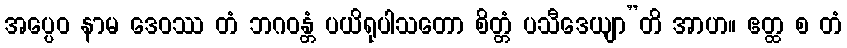
အပ္ပေဝ နာမ ဒေဝဿ တံ ဘဂဝန္တံ ပယိရုပါသတော စိတ္တံ ပသီဒေယျာ”တိ အာဟ။ ဧတ္ထ စ တံ